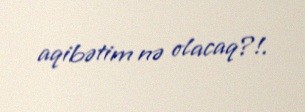
aqibətim nə olacaq?!.